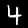
Label: 4